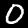
Label: 0